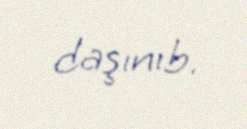
daşınıb.